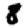
Digit: 8